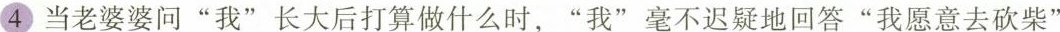
④当老婆婆问”我”长大后打算做什么时，”我”毫不迟疑地回答”我意去砍柴”